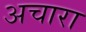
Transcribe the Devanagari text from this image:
अचारा